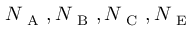
N _ { \mathrm { ~ A ~ } } , N _ { \mathrm { ~ B ~ } } , N _ { \mathrm { ~ C ~ } } , N _ { \mathrm { ~ E ~ } }